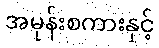
အမုန်းစကားနှင့်